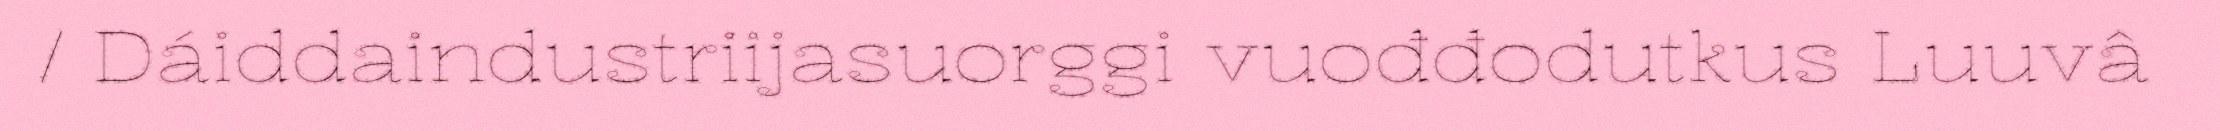
/ Dáiddaindustriijasuorggi vuođđodutkus Luuvâ